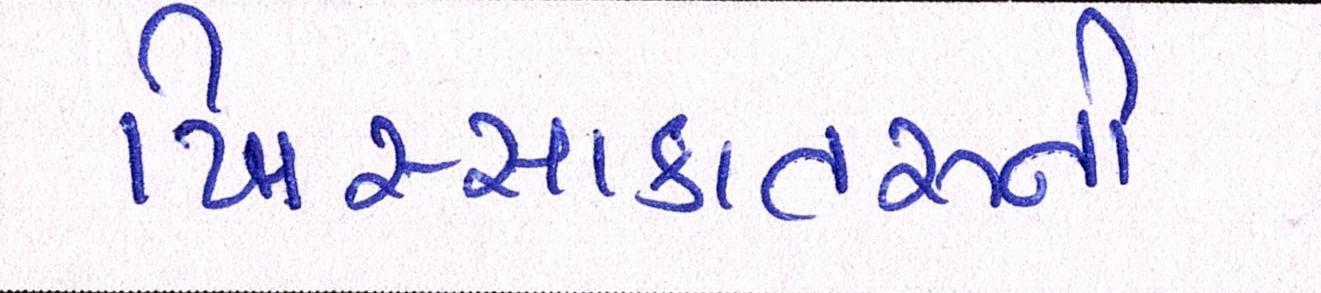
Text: ખિસ્સાકાતરુની